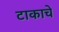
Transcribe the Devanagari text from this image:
टाकाचे